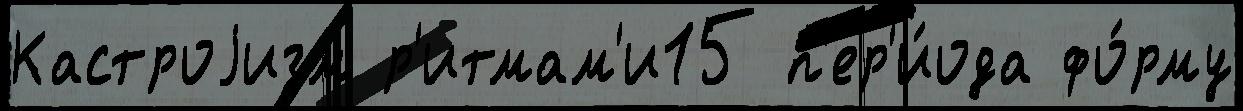
Кастроjизм р'итмам'и15 п'ер'и́ода фо́рму